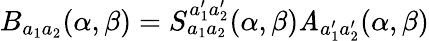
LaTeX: B_{a_{1}a_{2}}(\alpha,\beta)=S_{a_{1}a_{2}}^{a_{1}^{\prime}a_{2}^{\prime}}(\alpha,\beta)\mathit{A}_{a_{1}^{\prime}a_{2}^{\prime}}(\alpha,\beta)